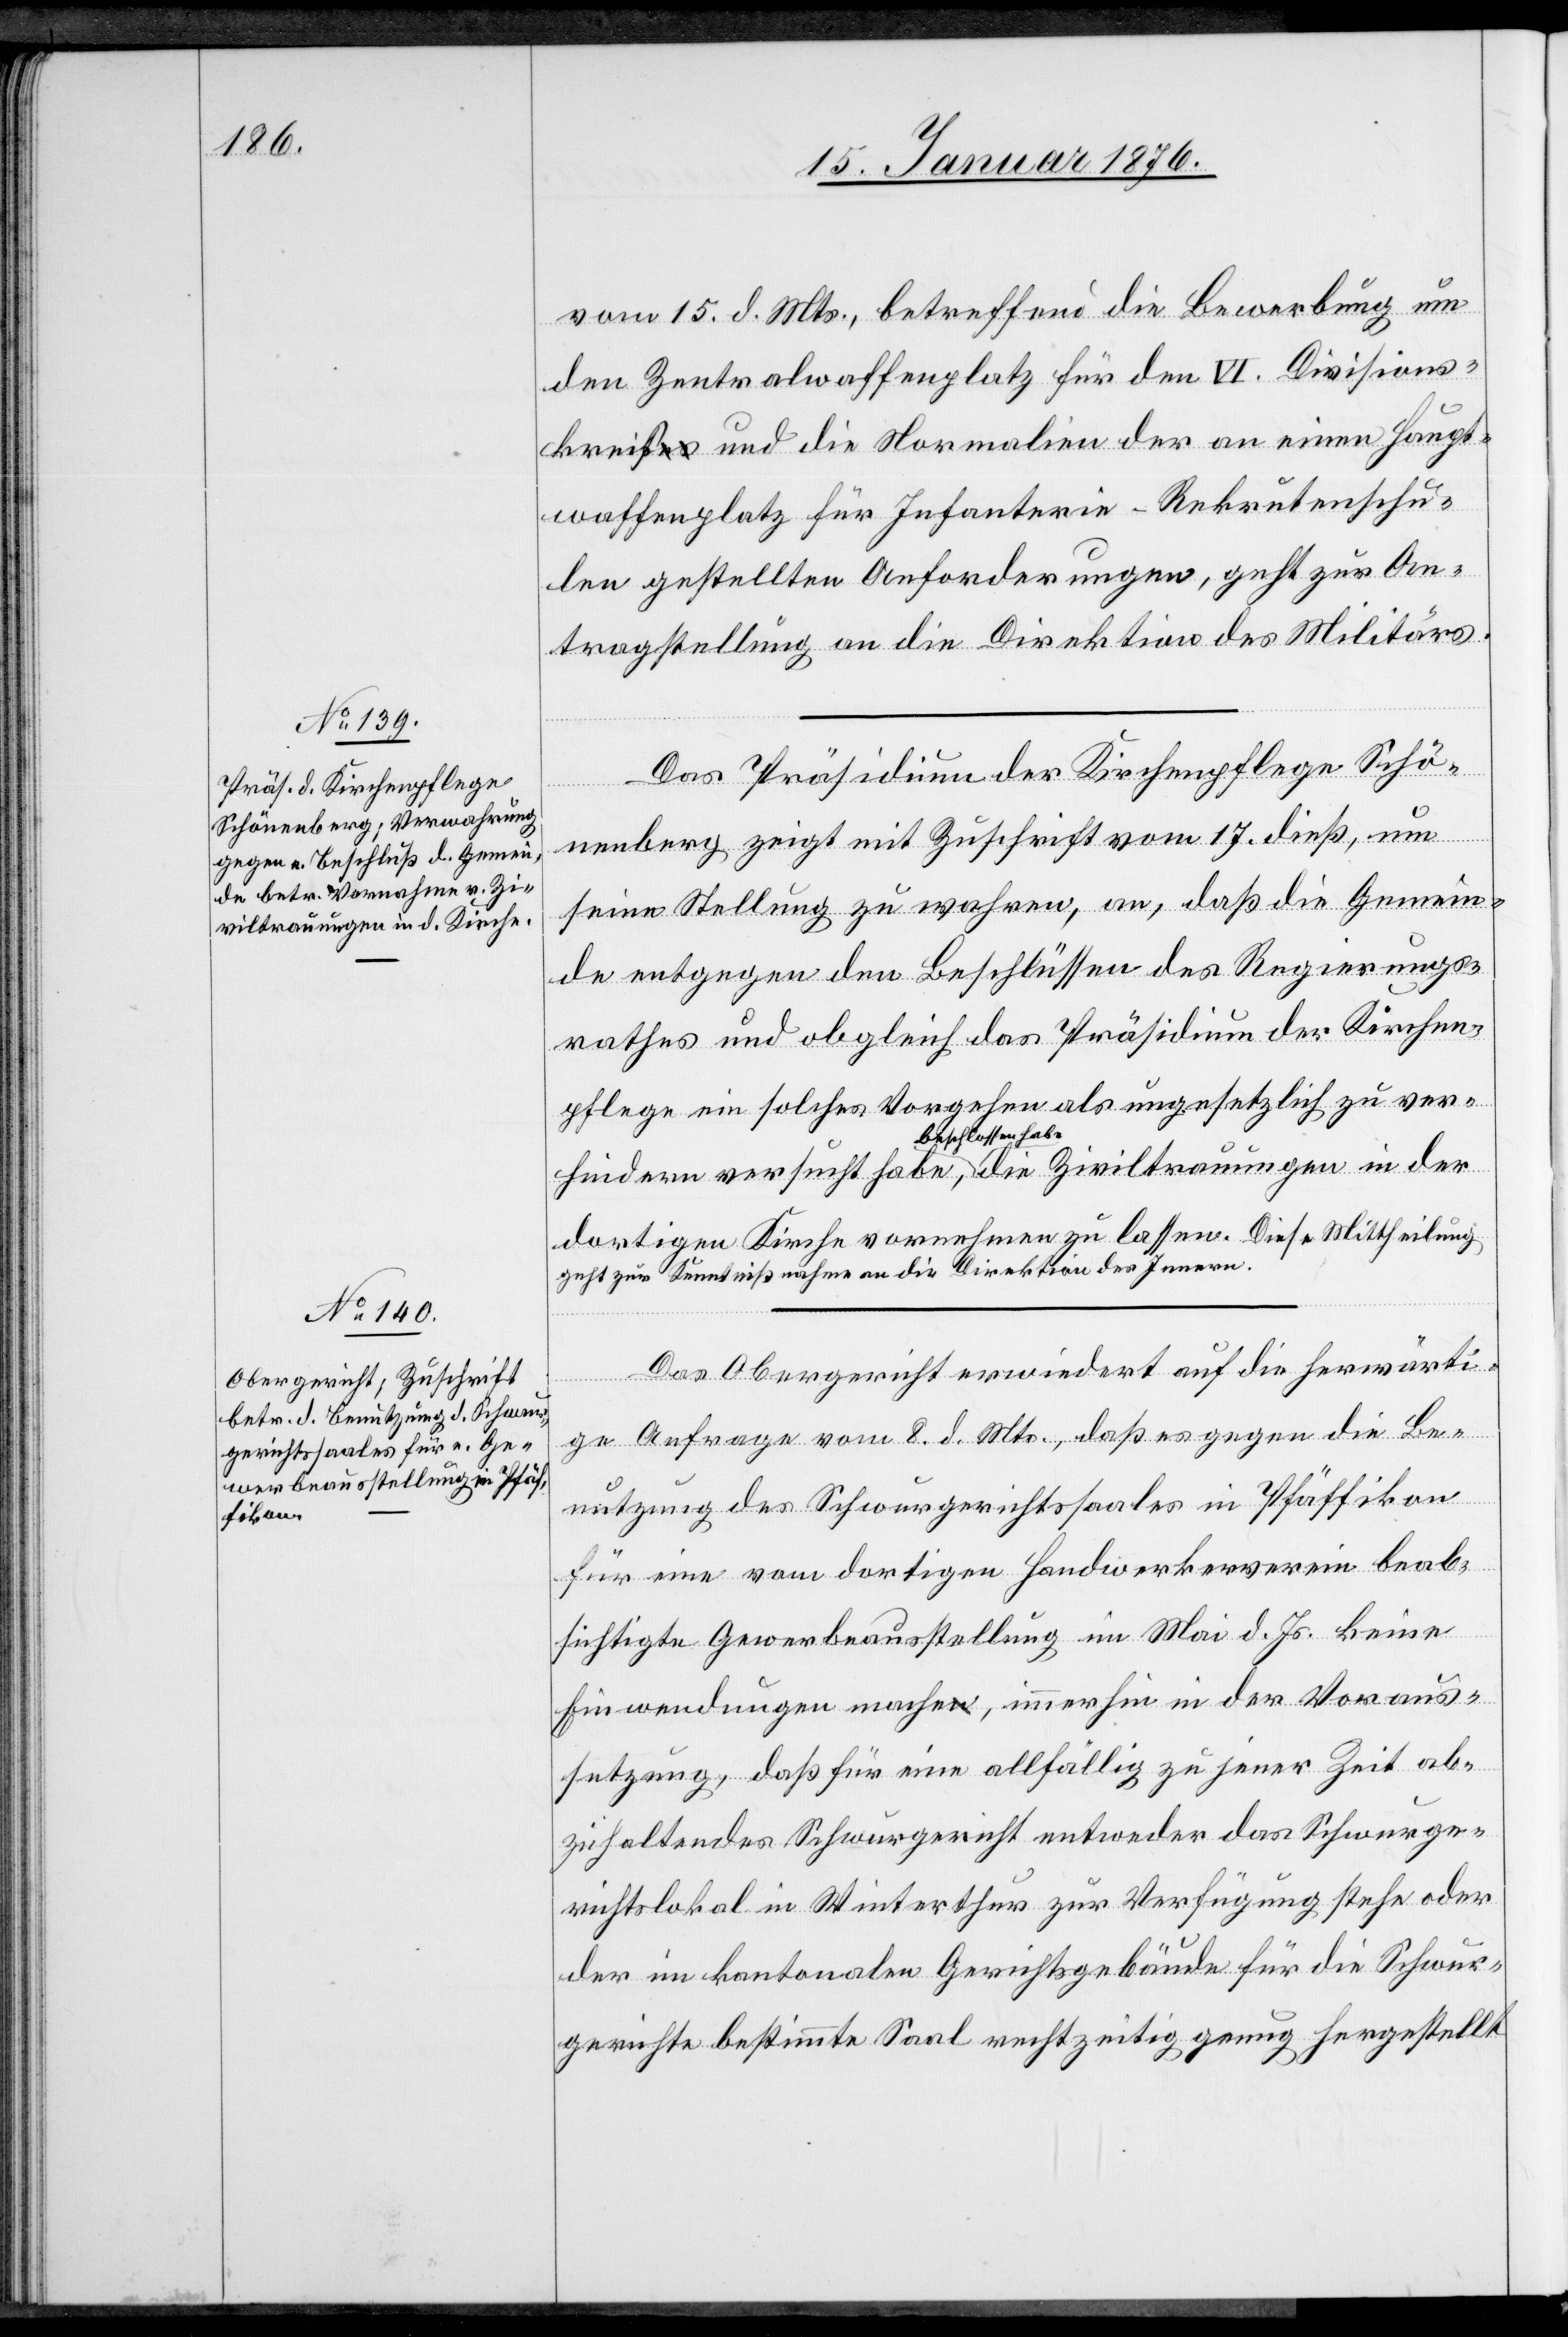
19. Januar 1876.]
vom 15. d. Mts., betreffend die Bewerbung um
den Zentralwaffenplatz für den VI. Divisions¬
kreis und die Normalien der an einem Haupt¬
waffenplatz für Infanterie-Rekrutenschu¬
len gestellten Anforderungen, geht zur An¬
tragstellung an die Direktion des Militärs.
Das Präsidium der Kirchenpflege Schö¬
nenberg zeigt mit Zuschrift vom 17. dieß, um
seine Stellung zu wahren, an, daß die Gemein¬
de entgegen den Beschlüssen des Regierungs¬
rathes und obgleich das Präsidium der Kirchen¬
pflege ein solches Vorgehen als ungesetzlich zu ver¬
hindern versucht habe, beschlossen habe die Ziviltrauungen in der
dortigen Kirche vornehmen zu lassen. Diese Mittheilung
geht zur Kenntnißnahme an die Direktion des Innern.
Das Obergericht erwiedert auf die herwärti¬
ge Anfrage vom 8. d. Mts., daß es gegen die Be¬
nutzung des Schwurgerichtssaales in Pfäffikon
für eine vom dortigen Handwerkerverein beab¬
sichtigte Gewerbsausstellung im Mai d. Js. keine
Einwendungen mache, immerhin in der Voraus¬
setzung, daß für eine allfällig zu jener Zeit ab¬
zuhaltendes [sic!] Schwurgericht entweder das Schwurge¬
richtslokal in Winterthur zur Verfügung stehe oder
der im kantonalen Gerichtsgebäude für die Schwur¬
gerichte bestimmte Saal rechtzeitig genug hergestellt